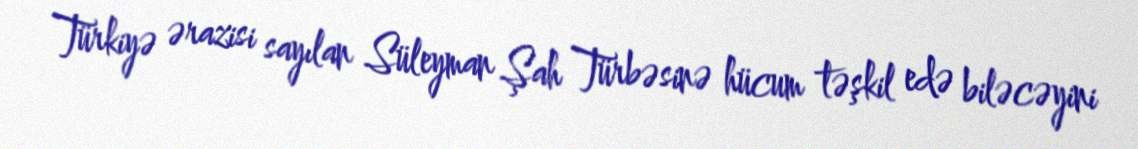
Türkiyə ərazisi sayılan Süleyman Şah Türbəsinə hücum təşkil edə biləcəyini